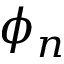
\phi _ { n }